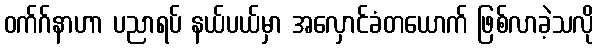
ဝက်ဂ်နာဟာ ပညာရပ် နယ်ပယ်မှာ အလှောင်ခံတယောက် ဖြစ်လာခဲ့သလို